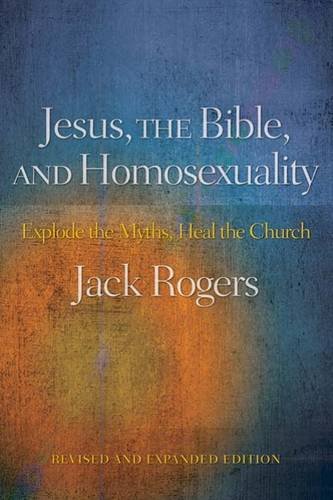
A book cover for Jesus, the Bible, and Homosexuality, Revised and Expanded Edition: Explode the Myths, Heal the Church; Jack Rogers; Christian Books & Bibles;